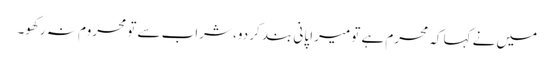
میں نے کہا کہ محرم ہے تو میرا پانی بند کر دو، شراب سے تو محروم نہ رکھو۔